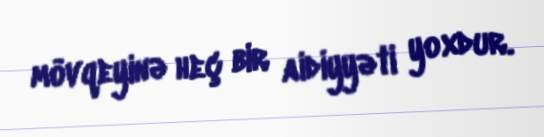
mövqeyinə heç bir aidiyyəti yoxdur.